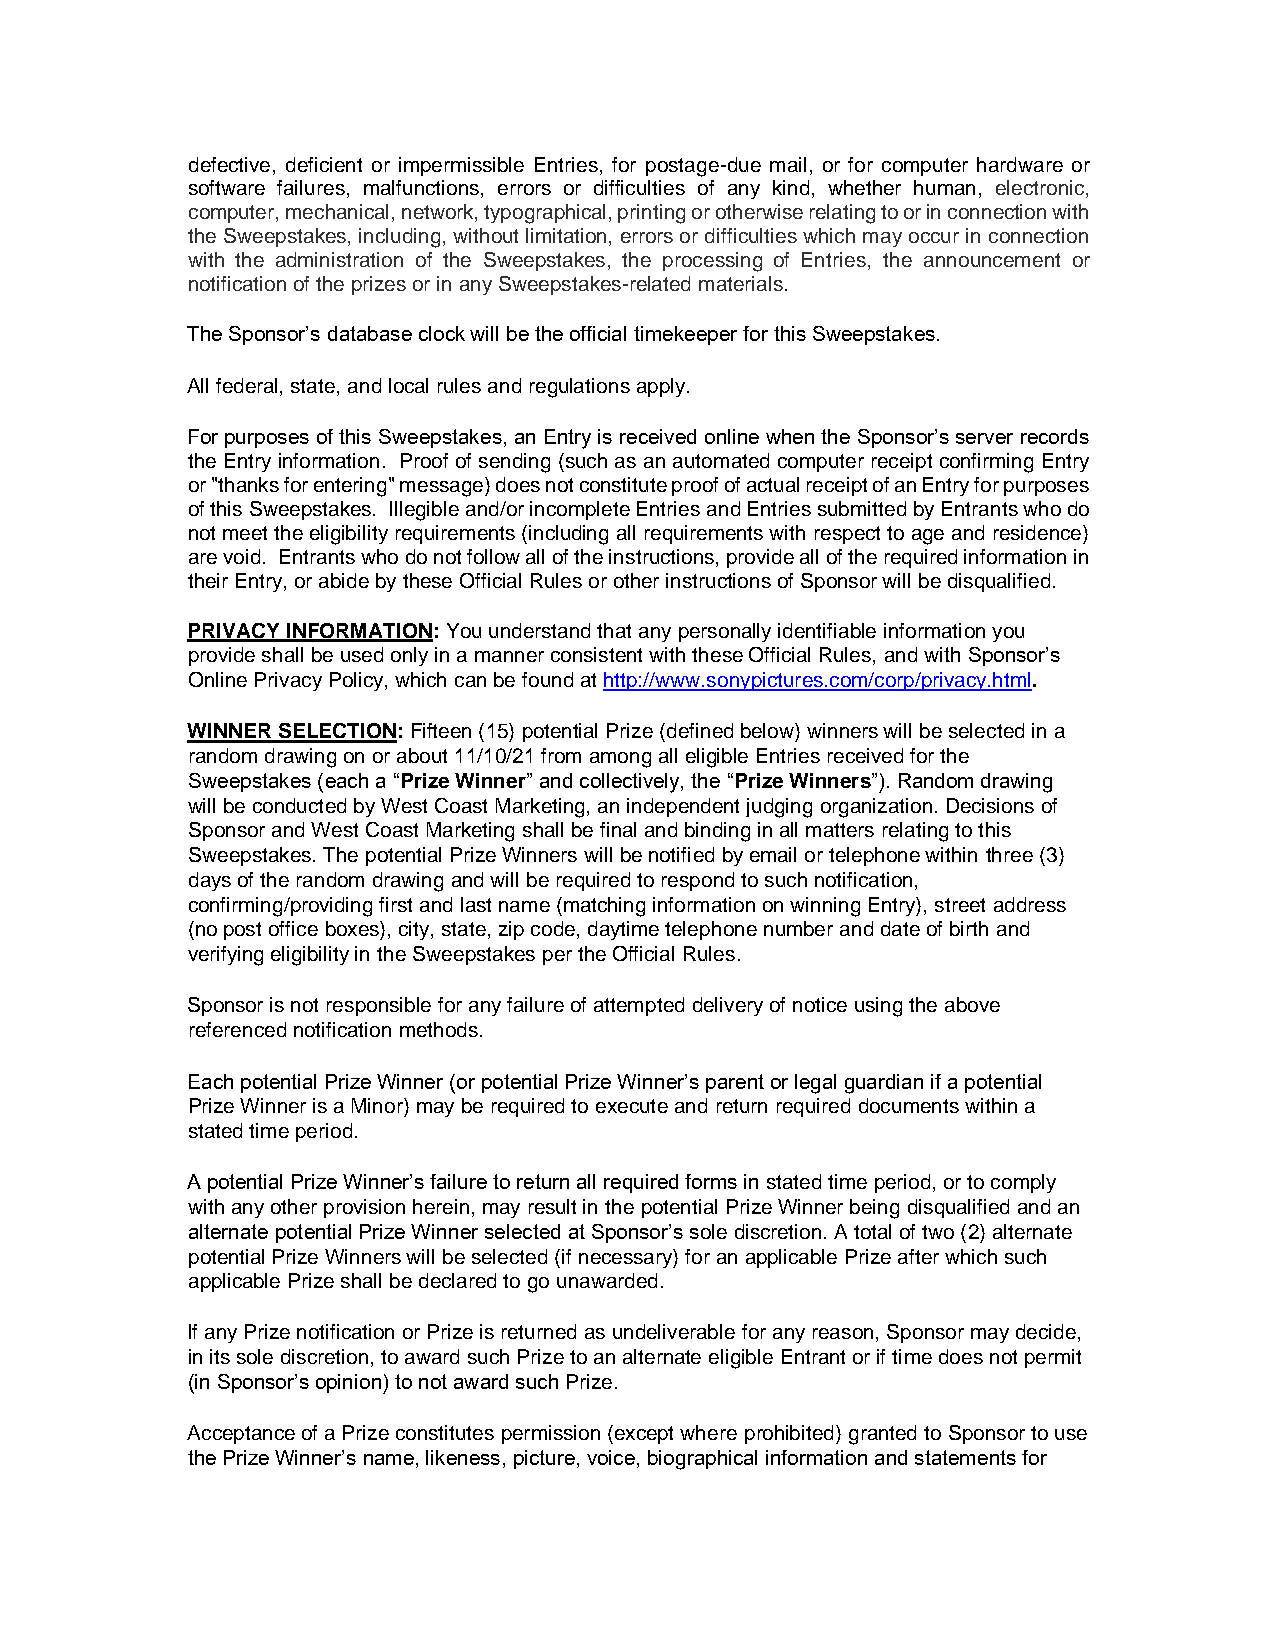
defective, deficient or impermissible Entries, for postage-due mail, or for computer hardware or
 software failures, malfunctions, errors or difficulties of any kind, whether human, electronic,
 computer, mechanical, network, typographical, printing or otherwise relating to or in connection with
 the Sweepstakes, including, without limitation, errors or difficulties which may occur in connection
 with the administration of the Sweepstakes, the processing of Entries, the announcement or
 notification of the prizes or in any Sweepstakes-related materials.
 The Sponsor’s database clock will be the official timekeeper for this Sweepstakes.
 All federal, state, and local rules and regulations apply.
 For purposes of this Sweepstakes, an Entry is received online when the Sponsor’s server records
 the Entry information. Proof of sending (such as an automated computer receipt confirming Entry
 or "thanks for entering" message) does not constitute proof of actual receipt of an Entry for purposes
 of this Sweepstakes. Illegible and/or incomplete Entries and Entries submitted by Entrants who do
 not meet the eligibility requirements (including all requirements with respect to age and residence)
 are void. Entrants who do not follow all of the instructions, provide all of the required information in
 their Entry, or abide by these Official Rules or other instructions of Sponsor will be disqualified.
 PRIVACY INFORMATION: You understand that any personally identifiable information you
 provide shall be used only in a manner consistent with these Official Rules, and with Sponsor’s
 Online Privacy Policy, which can be found at http://www.sonypictures.com/corp/privacy.html.
 WINNER SELECTION: Fifteen (15) potential Prize (defined below) winners will be selected in a
 random drawing on or about 11/10/21 from among all eligible Entries received for the
 Sweepstakes (each a “Prize Winner” and collectively, the “Prize Winners”). Random drawing
 will be conducted by West Coast Marketing, an independent judging organization. Decisions of
 Sponsor and West Coast Marketing shall be final and binding in all matters relating to this
 Sweepstakes. The potential Prize Winners will be notified by email or telephone within three (3)
 days of the random drawing and will be required to respond to such notification,
 confirming/providing first and last name (matching information on winning Entry), street address
 (no post office boxes), city, state, zip code, daytime telephone number and date of birth and
 verifying eligibility in the Sweepstakes per the Official Rules.
 Sponsor is not responsible for any failure of attempted delivery of notice using the above
 referenced notification methods.
 Each potential Prize Winner (or potential Prize Winner’s parent or legal guardian if a potential
 Prize Winner is a Minor) may be required to execute and return required documents within a
 stated time period.
 A potential Prize Winner’s failure to return all required forms in stated time period, or to comply
 with any other provision herein, may result in the potential Prize Winner being disqualified and an
 alternate potential Prize Winner selected at Sponsor’s sole discretion. A total of two (2) alternate
 potential Prize Winners will be selected (if necessary) for an applicable Prize after which such
 applicable Prize shall be declared to go unawarded.
 If any Prize notification or Prize is returned as undeliverable for any reason, Sponsor may decide,
 in its sole discretion, to award such Prize to an alternate eligible Entrant or if time does not permit
 (in Sponsor’s opinion) to not award such Prize.
 Acceptance of a Prize constitutes permission (except where prohibited) granted to Sponsor to use
 the Prize Winner’s name, likeness, picture, voice, biographical information and statements for